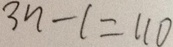
3 n - 1 = 1 1 0